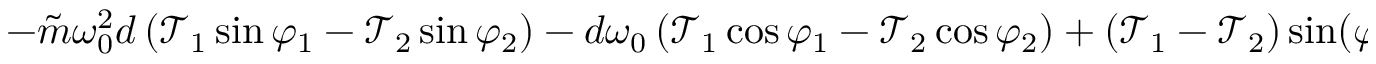
\begin{array} { r } { - \tilde { m } \omega _ { 0 } ^ { 2 } d \left( \mathcal { T } _ { 1 } \sin \varphi _ { 1 } - \mathcal { T } _ { 2 } \sin \varphi _ { 2 } \right) - d \omega _ { 0 } \left( \mathcal { T } _ { 1 } \cos \varphi _ { 1 } - \mathcal { T } _ { 2 } \cos \varphi _ { 2 } \right) + ( \mathcal { T } _ { 1 } - \mathcal { T } _ { 2 } ) \sin ( \varphi _ { 2 } - \varphi _ { 1 } ) = - 4 \tilde { l } \omega _ { 0 } \mathcal { F } . } \end{array}